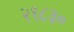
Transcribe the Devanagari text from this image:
२१८३०